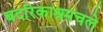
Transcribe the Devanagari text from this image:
बदरिकाश्रमचले